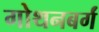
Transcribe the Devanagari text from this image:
गोथनबर्गं